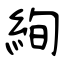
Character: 絢